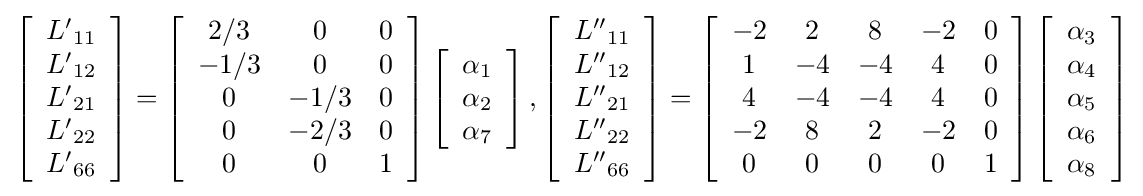
\left[{\begin{array}{*{20}{c}}{{L'}_{11}}\\{{L'}_{12}}\\{{L'}_{21}}\\{{L'}_{22}}\\{{L'}_{66}}\end{array}}\right]=\left[{\begin{array}{*{20}{c}}{2/3}&0&0\\{-1/3}&0&0\\0&{-1/3}&0\\0&{-2/3}&0\\0&0&1\end{array}}\right]\left[{\begin{array}{*{20}{c}}{\alpha _{1}}\\{\alpha _{2}}\\{\alpha _{7}}\end{array}}\right],\left[{\begin{array}{*{20}{c}}{{L''}_{11}}\\{{L''}_{12}}\\{{L''}_{21}}\\{{L''}_{22}}\\{{L''}_{66}}\end{array}}\right]=\left[{\begin{array}{*{20}{c}}{-2}&2&8&{-2}&0\\1&{-4}&{-4}&4&0\\4&{-4}&{-4}&4&0\\{-2}&8&2&{-2}&0\\0&0&0&0&1\end{array}}\right]\left[{\begin{array}{*{20}{c}}{\alpha _{3}}\\{\alpha _{4}}\\{\alpha _{5}}\\{\alpha _{6}}\\{\alpha _{8}}\end{array}}\right]